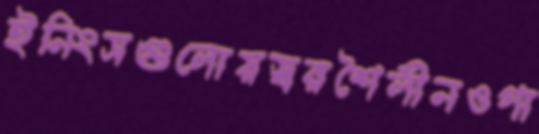
ইনিংসগুলোয়স্বরশৈলীনওগা